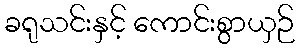
ခရုသင်းနှင့် ကောင်းစွာယှဉ်